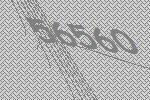
56560